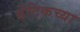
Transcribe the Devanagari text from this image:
बेंटिकच्या